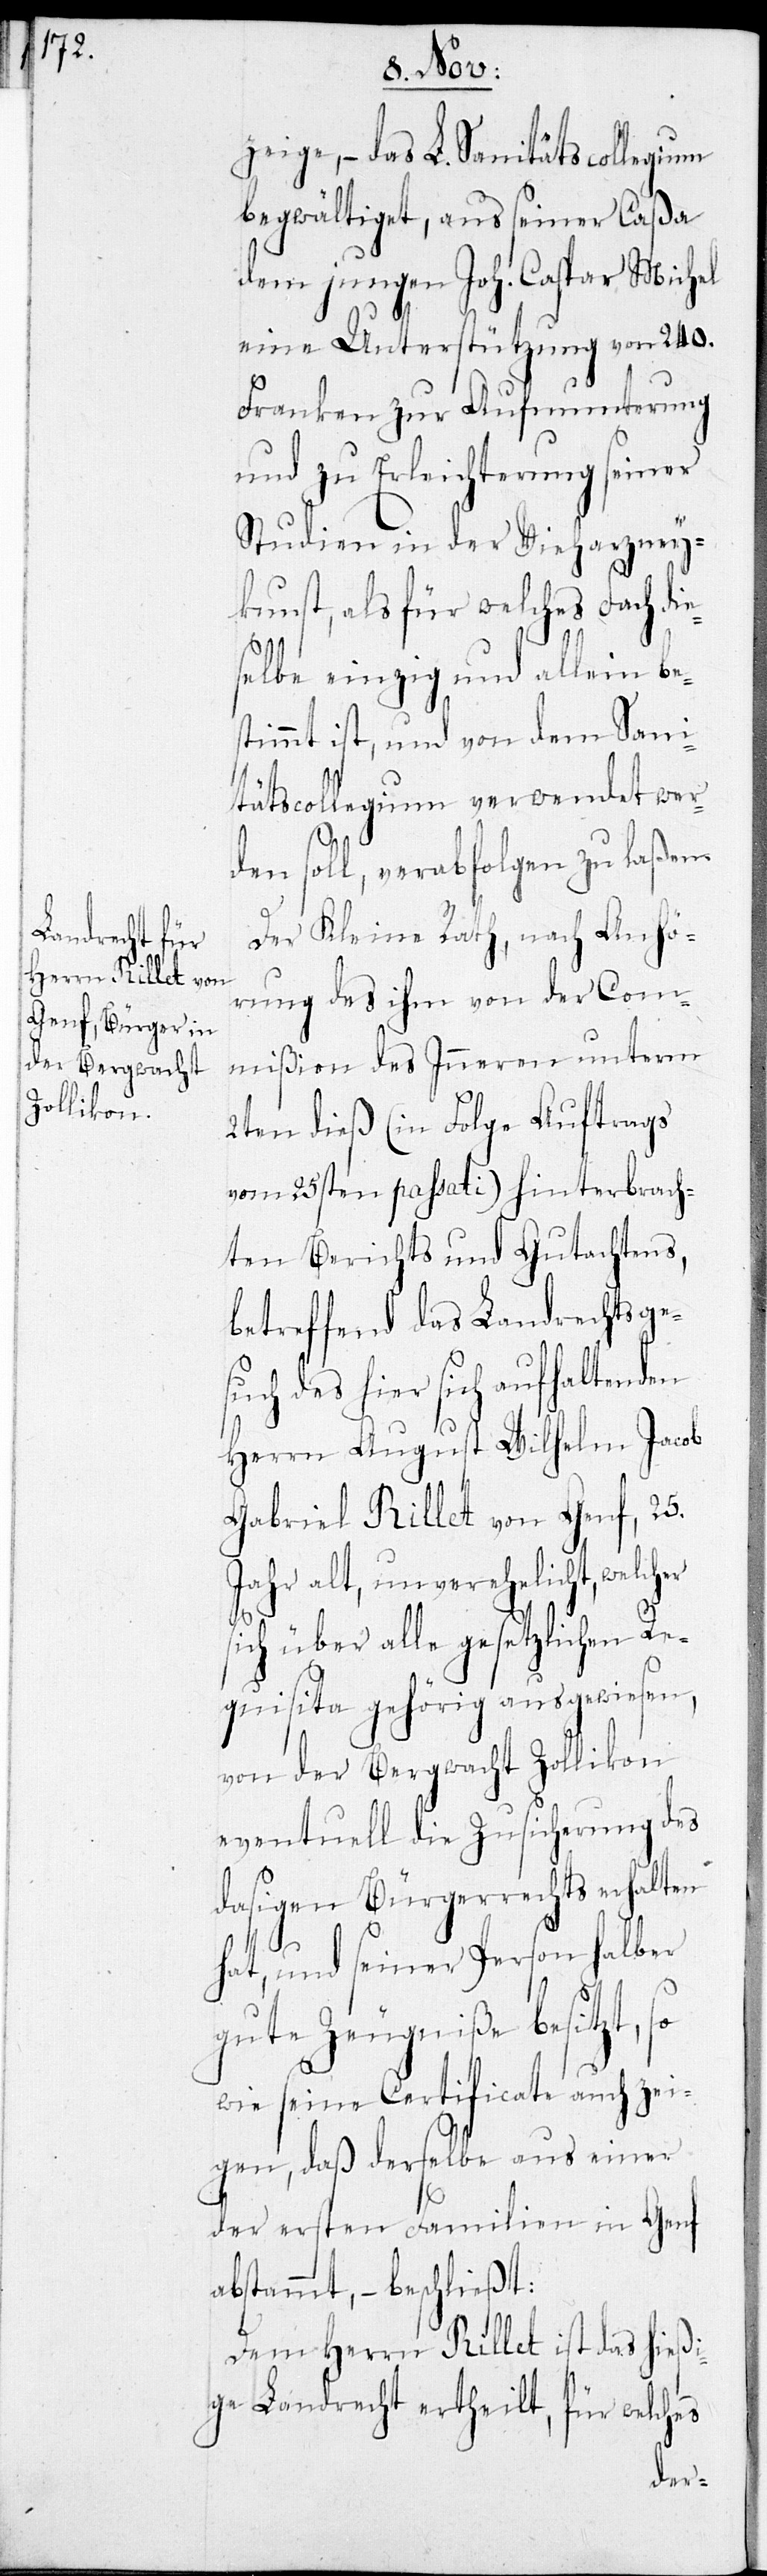
zeige, – das L. Sanitätscollegium
begwältiget, aus seiner Caßa
dem jungen Joh. Caspar Michel
eine Unterstützung von 240.
Franken zur Aufmunterung
und zu Erleichterung seiner
Studien in der Vieharzney¬
kunst, als für welches Fach di¬
elbe einzig und allein be¬
stimmt ist, und von dem Sani¬
tätscollegium verwendet werd¬
en soll, verabfolgen zu laßen.
Der Kleine Rath, nach Anhö¬
rung des ihm von der Com¬
mißion des Inneren unterm
2ten dieß (in Folge Auftrags
vom 25sten passati) hinterbrach¬
ten Berichts und Gutachtens,
betreffend das Landrechtsge¬
such des hier sich aufhaltenden
Herrn August Wilhelm Jacob
Gabriel Rillet von Genf, 25.
Jahr alt, unverehelicht,
sich über alle gesetzlichen Re¬
quisita gehörig ausgewiesen,
von der Bergwacht Zollikon
eventuell die Zusicherung des
dasigen Bürgerrechts erhalten
hat, und seiner Person halber
gute Zeugniße besitzt, so
wie seine Certifikate auch zei¬
gen, daß derselbe aus einer
der ersten Familien in Genf
abstammt, – beschließt:
Dem Herrn Rillet ist das hießi¬
ge Landrecht ertheilt, für welches
es¬